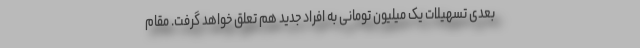
بعدی تسهیلات یک میلیون تومانی به افراد جدید هم تعلق خواهد گرفت. مقام